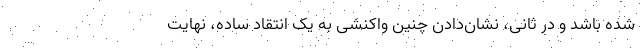
شده باشد و در ثانی، نشان‌دادن چنین واکنشی به یک انتقاد ساده، نهایت